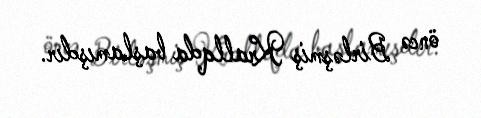
öncə Birləşmiş Krallqda başlamışdır.